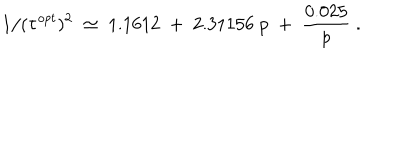
1 / ( \tau ^ { o p t } ) ^ { 2 } \; \simeq \; 1 . 1 6 1 2 \; + \; 2 . 3 1 1 5 6 \; p \; + \; { \frac { 0 . 0 2 5 } { p } } \; .